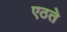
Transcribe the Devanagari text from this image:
एठते